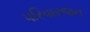
પરિવારજન